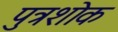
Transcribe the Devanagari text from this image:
पुत्रशोक